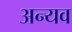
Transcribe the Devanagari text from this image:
अन्यव